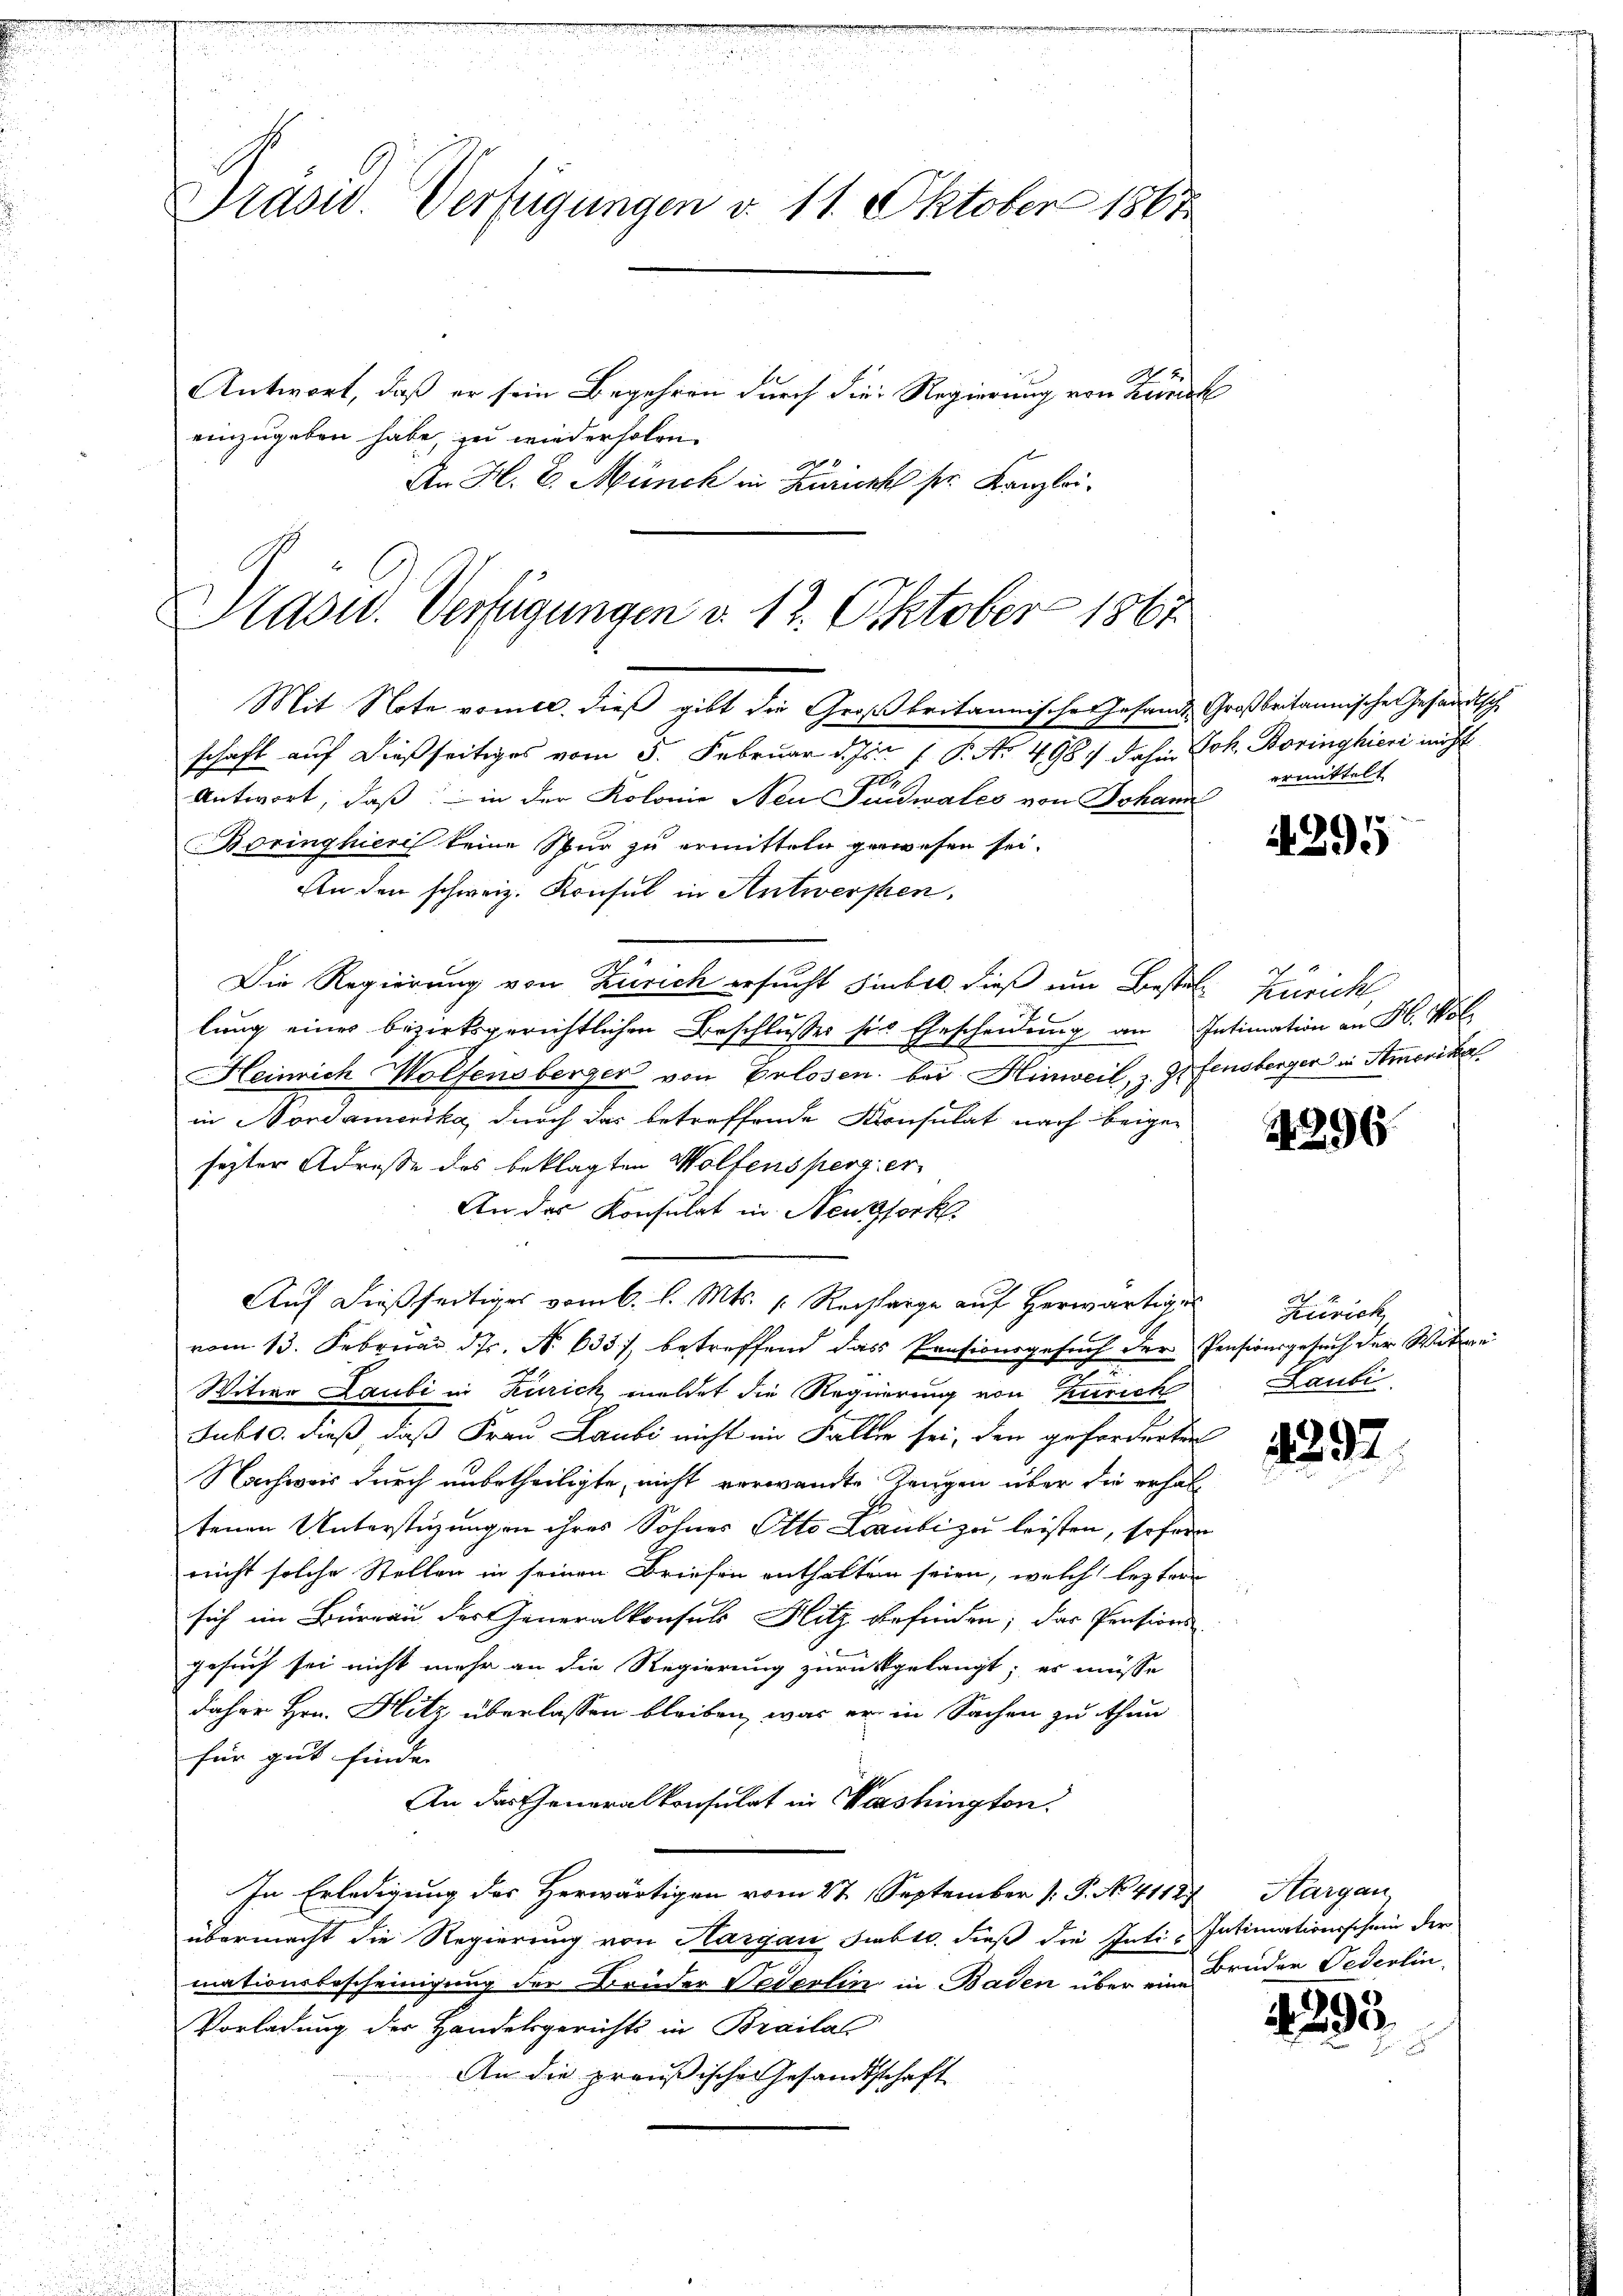
Präsid. Verfügungen v. 11. Oktober 1807.
Antwort, daß er sein Begehren durch die Regierung von Zürch

einzugeben habe, zu wiederholen.
An H. E. Münch in Züricht pr. Kanzlei¬

Aadw. Verfügungen d. 12. Oktober 1867
Mit Note vomtl. dieß gibt die Großbritannisches Gesandt Großbritannischen Gesandtsch

schaft auf dießseitiges vom 5. Februar d. Js. 1 P. Nr. 4987 dahin Joh. Boringhieri nicht
Antwort, daß in der Kolonie Neu Pindwales von Johann
Boringhieri keine Spur zu ermitteln gewesen sei.
An den schweiz. Konsul in Antwersten.
Die Regierung von Zürich ersucht siebel. dieß um Besten Zürich,
lung eines bezirksgerichtlichen Beschlusses sie Ehescheidung an Intimation an H. Vol
Heinrich Wolfensberger von Erlosen bei Hinweil, z. Z. fensberger in Amerika
in Mordamerika, durch das betreffende Konsulat nach beigeseyter Adresse des beklagten Wolfensperg er
An das Konsulat in Neunfork.
Auf dießseitiges vom 6. l. Mts. s. Recharge auf herwärtige Zürich
vom 13. Februar d. Js. No. 633), betreffend das Pensionsgesuch der Pensionsgesuch der Witwe
Witwe Laubi in Kurich meldet die Regierung von Zürich
Jubto. dieß, daß Frau Laubi nicht im Fallen sei, den geforderten
Nachweis durch unbetheiligte, nicht verwandte Zeugen über die erhal
tenen Unterstüzungen ihres Sohnes Otto Laubi zu leisten, sofern
nicht solche Stellen in seinen Briefen enthalten seien, welch lezter
sich im Büreau der Generalkonsul Hitz befinden; das Pensions
gesauf sei nicht mehr an die Regierung zurückgelangt; er müsse
daher Hrn. Hitz überlassen bleiben, was er in Sachen zu thun
für gut finde.
An des Generalkonsulat in Washingten.
In Erledigung des Herwärtigen vom 27. September [P. No. 41127, Aargau
übermacht die Regierung von Hargau subtr. dieß die Inti-Intimationsschein der
mationsbescheinigung der Brüder Pederlin in Baden über ein Brüder Federlin
Vorladung der Handelsgerichts in Brailal
An die preußische Gesandtschaft

ermittelt

4295

24296

Laubi

4292

4293.